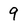
Character: 9